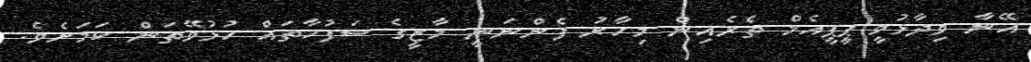
އޭނާ ވިދާޅުވީ ޕީޕީއެމް ތެރެއިން މިހާރު ފެންނަނީ މާޒީގެ ސަފުހާތައް ހުޅުވޭތަން ކަމަށެވެ.